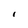
Character: I